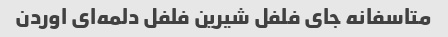
متاسفانه جای فلفل شیرین فلفل دلمه‌ای اوردن